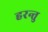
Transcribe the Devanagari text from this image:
हरन्तु